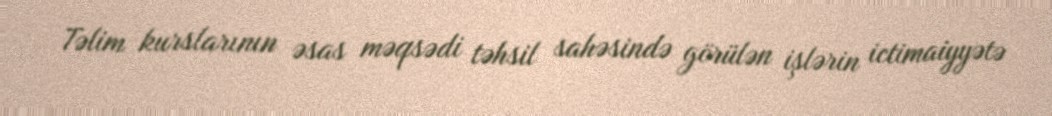
Təlim kurslarının əsas məqsədi təhsil sahəsində görülən işlərin ictimaiyyətə